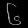
Digit: ၆